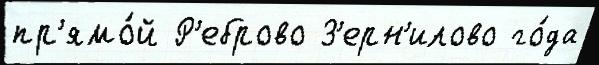
пр'ямо́й Р'еброво З'ерн'илово го́да